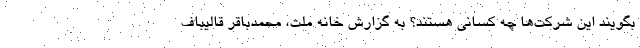
بگویند این شرکت‌ها چه کسانی هستند؟ به گزارش خانه ملت، محمدباقر قالیباف